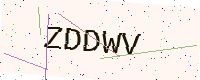
Text: ZDDWV